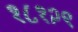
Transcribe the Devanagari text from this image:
१८१२९